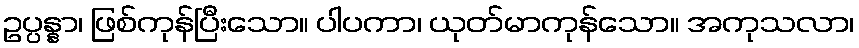
ဥပ္ပန္နာ၊ ဖြစ်ကုန်ပြီးသော။ ပါပကာ၊ ယုတ်မာကုန်သော။ အကုသလာ၊